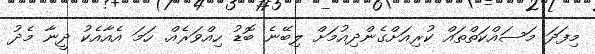
މިފަދަ މަސައްކަތްތައް ކުރިއަށްގެންދިއުމަށް ލިބޭނެ ބޮޑު ހިއްވަރެއް. ހަމަ އެއާއެކު ދީނާ މެދު